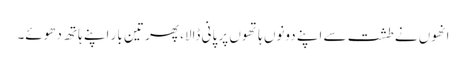
انھوں نے طشت سے اپنے دونوں ہاتھوں پر پانی ڈالا، پھر تین بار اپنے ہاتھ دھوئے۔